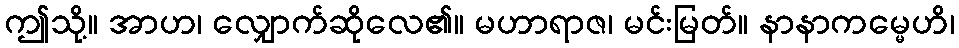
ဤသို့။ အာဟ၊ လျှောက်ဆိုလေ၏။ မဟာရာဇ၊ မင်းမြတ်။ နာနာကမ္မေဟိ၊